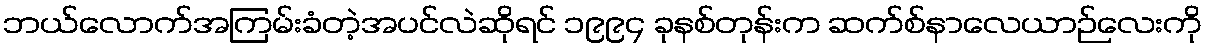
ဘယ်လောက်အကြမ်းခံတဲ့အပင်လဲဆိုရင် ၁၉၉၄ ခုနစ်တုန်းက ဆက်စ်နာလေယာဉ်လေးကို